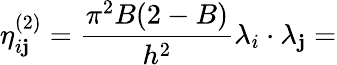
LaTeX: \eta_{i\mathbf{j}}^{(2)}=\frac{{\pi^{2}B(2-B)}}{{h^{2}}}\lambda_{i}\cdot\lambda_{\mathbf{j}}=